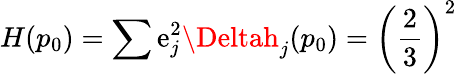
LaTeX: H(p_{0})=\sum\mathrm{e}_{j}^{2}\Deltah_{j}(p_{0})=\left(\frac{{2}}{{3}}\right)^{2}